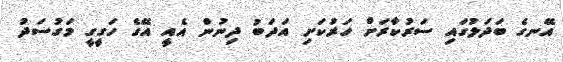
އޭނގެ ބަދަލުގައި ސަރުކާރަށް ހަރުކަށި އަދަބު ދިނުން އެއީ އޭގެ ހަގީގީ މަގުސަދު